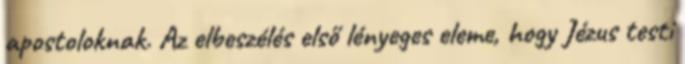
apostoloknak. Az elbeszélés első lényeges eleme, hogy Jézus testi